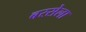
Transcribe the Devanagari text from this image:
बरसेला